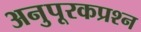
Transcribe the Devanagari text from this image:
अनुपूरकप्रश्न